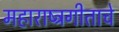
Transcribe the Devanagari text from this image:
महाराष्ट्रगीताचे